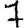
Digit: 7